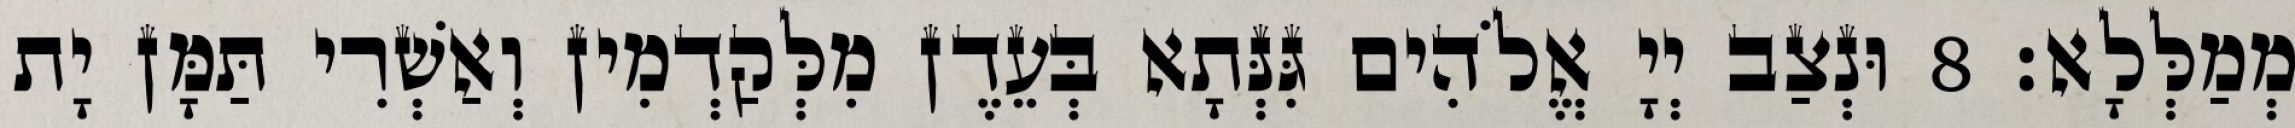
מְמַלְּלָא׃ 8 וּנְצַב יְיָ אֱלֹהִים גִּנְּתָא בְּעֵדֶן מִלְּקַדְמִין וְאַשְׁרִי תַּמָּן יָת